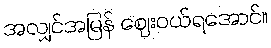
အလျှင်အမြန် ဈေးဝယ်ရအောင်။